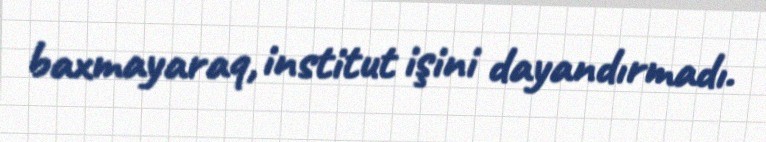
baxmayaraq, institut işini dayandırmadı.